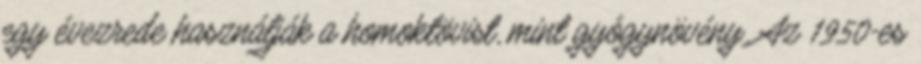
egy évezrede használják a homoktövist, mint gyógynövény. Az 1950-es